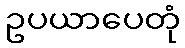
ဥပယာပေတုံ